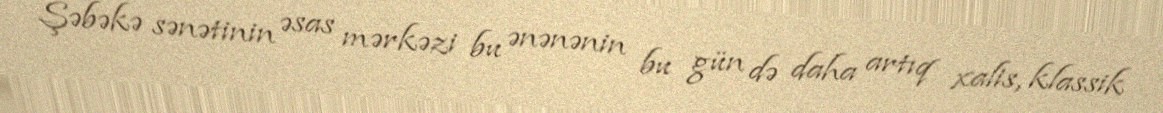
Şəbəkə sənətinin əsas mərkəzi bu ənənənin bu gün də daha artıq xalis, klassik